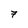
Character: 7